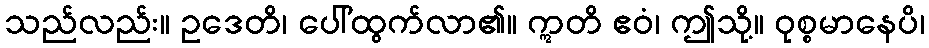
သည်လည်း။ ဥဒေတိ၊ ပေါ်ထွက်လာ၏။ ဣတိ ဧဝံ၊ ဤသို့။ ဝုစ္စမာနေပိ၊